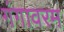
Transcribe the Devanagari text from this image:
गंगावरम